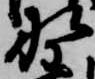
野